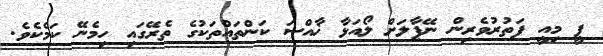
ޕީ މިއީ ފަތުރުވެރިން ނޭޕާލަށް ލޯއަޅާ ޚާއްސަ ކަންތައްތަކުގެ ތެރޭގައި ހިމެނޭ ކަމެކެވެ.